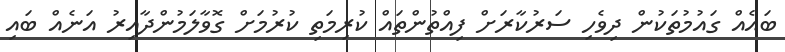
ބައެއް ގައުމުތަކުން ދިވެހި ސަރުކާރަށް ފިއްތުންތައް ކުރިމަތި ކުރުމަށް ގޮވާލަމުންދާއިރު އަނެއް ބައި